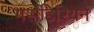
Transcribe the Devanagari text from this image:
मर्सीडेरियन